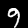
Label: 9